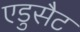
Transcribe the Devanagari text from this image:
एडुसैट